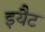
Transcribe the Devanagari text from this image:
इयैट